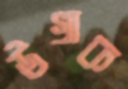
উগ্‌রাক